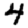
Digit: 4